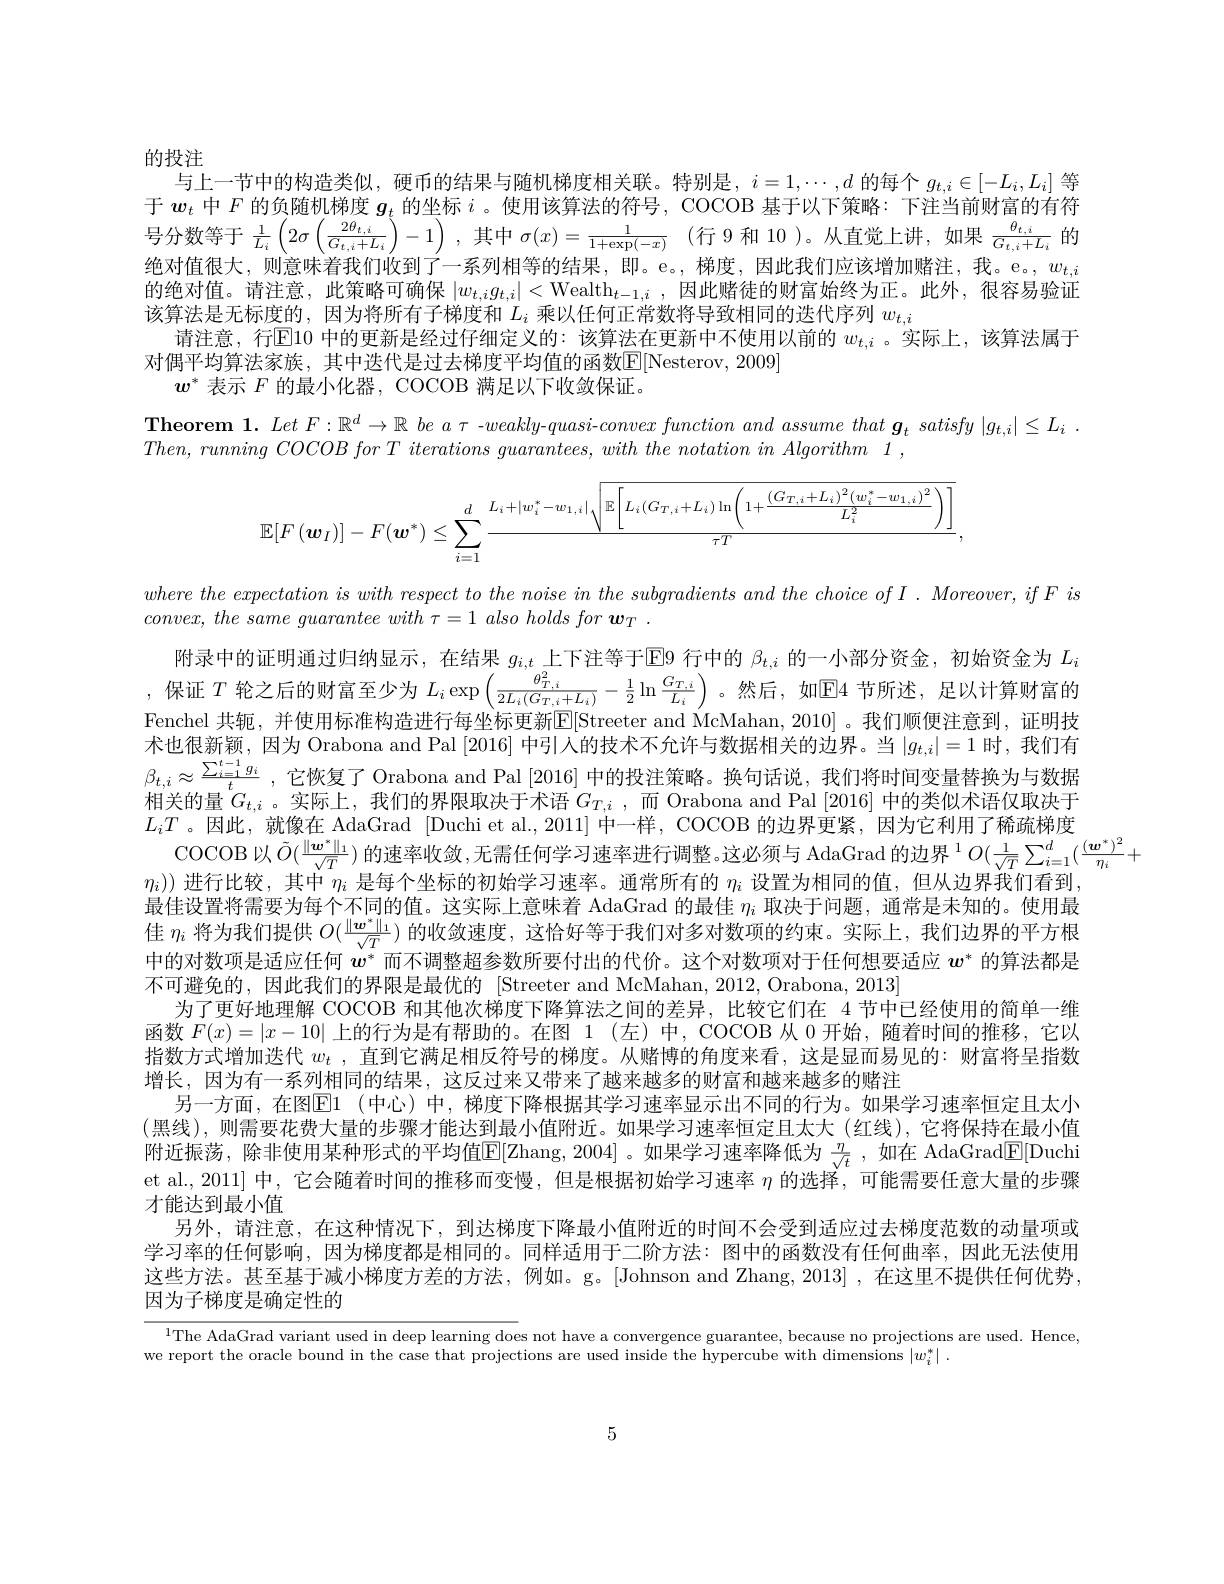
的投注
与上一节中的构造类似，硬币的结果与随机梯度相关联。特别是，$i=1,\cdots,d$的每个$g_{t,i}\in[-L_i,L_i]$等于$\boldsymbol{w}_t$中$F$的负随机梯度$\boldsymbol{g}_t$的坐标$i$ 。使用该算法的符号，COCOB 基于以下策略：下注当前财富的有符号分数等于$\frac1{L_i}\left(2\sigma\left(\frac{2\theta_{t,i}}{G_{t,i}+L_i}\right)-1\right)$,其中$\sigma(x)=\frac1{1+\exp(-x)}$(行 9 和 10)。从直觉上讲，如果$\frac\theta{t,i}{G_{t,i}+L_i}$的绝对值很大，则意味着我们收到了一系列相等的结果，即。e。,梯度，因此我们应该增加赌注，我。e。$w_{t,i}$ 的绝对值。请注意，此策略可确保$|w_{t,i}g_{t,i}|<\mathrm{Wealth}_{t-1,i}$,因此赌徒的财富始终为正。此外，很容易验证该算法是无标度的，因为将所有子梯度和$L_i$乘以任何正常数将导致相同的迭代序列$w_{t,i}$
请注意，行$\mathbb{E}$10 中的更新是经过仔细定义的：该算法在更新中不使用以前的 $w_{t,i}$ 。实际上，该算法属于
对偶平均算法家族，其中迭代是过去梯度平均值的函数E[ Nesterov, 2009]
$w^*$表示$F$的最小化器，COCOB 满足以下收敛保证。

$\textbf{Theorem 1. }Let$ $F: \mathbb{R} ^d\to \mathbb{R}$ $be$ $a$ $\tau$ -weakly-quasi-convex function and assume that $\boldsymbol{g}_t$ satisfy $| g_{t, i}| \leq L_i$ .

$Then, running\textit{ COCOB for T iterations guarantees, with the notation in Algorithm 1 , }$
$$\mathbb{E}[F\left(\boldsymbol{w}_{I}\right)]-F(\boldsymbol{w}^{*})\leq\sum_{i=1}^{d}\frac{L_{i}+|w_{i}^{*}-w_{1,\:i}|\sqrt{\mathbb{E}\left[L_{i}\left(G_{T,\:i}+L_{i}\right)\ln\left(1+\frac{\left(G_{T,\:i}+L_{i}\right)^{2}\left(w_{i}^{*}-w_{1,\:i}\right)^{2}}{L_{i}^{2}}\right)\right]}}{\tau T},$$
$L_iT$ 。因此，就像在 AdaGrad [Duchi et al.,2011] 中一样，COCOB 的边界更紧，因为它利用了稀疏梯度
。因 此 , 帆 像 上 Aurdertan, Drri COCOB以 $\tilde{O} ( \frac {\| \boldsymbol{w}^{* }\| _{1}}{\sqrt {T}}) \text{ 的 速 率 收 敛 , 无 需 任 何 学 习 速 率 进 行 调 整 。这 必 须 与 AdaGrad 的 边 界 }^{1}O( \frac 1{\sqrt {T}}\sum _{i= 1}^{d}( \frac {( w^{* }) ^{2}}{\eta _{i}}+ ) ^{2}$
$\eta_i))$进行比较，其中$\eta_i$是每个坐标的初始学习速率。通常所有的$\eta_i$设置为相同的值，但从边界我们看到，

where the expectation $is$ with respect $to$ the noise $in$ the subgradients and the choice $of$ $I$ . $Moreover$, $if$ $F$ $is$
$convex, the\textit{ same guarantee with }\tau = 1\textit{ also holds for w}_T$ .
附录中的证明通过归纳显示，在结果 $g_{i,t}$上下注等于$\overline{\text{E}}$9 行中的 $\beta_{t,i}$ 的一小部分资金，初始资金为 $L_i$ 保证$T$轮之后的财富至少为$L_i\exp\left(\frac{\theta_{T,i}}{2L_i(G_{T,i}+L_i)}-\frac12\ln\frac{G_{T,i}}{L_i}\right)$ 。然后，如$\mathbb{E}$4 节所述，足以计算财富的Fenchel 共轭，并使用标准构造进行每坐标更新$\mathbb{E}[$Streeter and McMahan,2010]。我们顺便注意到，证明技术也很新颖，因为 Orabona and Pal [2016]中引人的技术不允许与数据相关的边界。当$|g_{t,i}|=1$时，我们有$\beta _{t, i}\approx \frac {\sum _{i= 1}^{t- 1}g_i}t$ ,它恢复了 Orabona and Pal [2016] 中的投注策略。换句话说，我们将时间变量替换为与数据相关的量$G_{t,i}$。实际上，我们的界限取决于术语 $G_{T,i}$, 而 Orabona and Pal [2016] 中的类似术语仅取决于最佳设置将需要为每个不同的值。这实际上意味着 AdaGrad 的最佳$\eta_i$取决于问题，通常是未知的。使用最$\operatorname{\text{生 }\eta_i\text{ 将为我们提供 }O}(\frac{\|\boldsymbol{w}^*\|_1}{\sqrt T})$的收敛速度，这恰好等于我们对多对数项的约束。实际上，我们边界的平方根中的对数项是适应任何$w^*$而不调整超参数所要付出的代价。这个对数项对于任何想要适应$w^*$的算法都是不可避免的，因此我们的界限是最优的 [Streeter and McMahan, 2012, Orabona, 2013]
为了更好地理解 COCOB 和其他次梯度下降算法之间的差异，比较它们在 4 节中已经使用的简单一维函数$F(x)=|x-10|$上的行为是有帮助的。在图 1 (左)中，COCOB 从 0 开始，随着时间的推移，它以指数方式增加迭代$w_t$ , 直 到 它 满 足 相 反 符 号 的 梯 度 。从 赌 博 的 角 度 来 看 , 这 是 显 而 易 见 的 : 财 富 将 呈 指 数 增长，因为有一系列相同的结果，这反过来又带来了越来越多的财富和越来越多的赌注
另一方面，在图El (中心)中，梯度下降根据其学习速率显示出不同的行为。如果学习速率恒定且太小(黑线),则需要花费大量的步骤才能达到最小值附近。如果学习速率恒定且太大(红线),它将保持在最小值附近振荡，除非使用某种形式的平均值$\overline{\mathbb{E}}[$Zhang,2004]。如果学习速率降低为$\frac\eta{\sqrt{t}}$,如在 AdaGrad$\underline{\mathbb{E}}[$Duchi et al., 2011] 中，它会随着时间的推移而变慢，但是根据初始学习速率$\eta$的选择，可能需要任意大量的步骤才能达到最小值
另外，请注意，在这种情况下，到达梯度下降最小值附近的时间不会受到适应过去梯度范数的动量项或学习率的任何影响，因为梯度都是相同的。同样适用于二阶方法：图中的函数没有任何曲率，因此无法使用这些方法。甚至基于减小梯度方差的方法，例如。g。[Johnson and Zhang,2013],在这里不提供任何优势， 因为子梯度是确定性的

$^{1}$The AdaGrad variant used in deep learning does not have a convergence guarantee, because no projections are used. Hence,

we report the oracle bound in the case that projections are used inside the hypercube with dimensions $| w_i^* |$ .

5